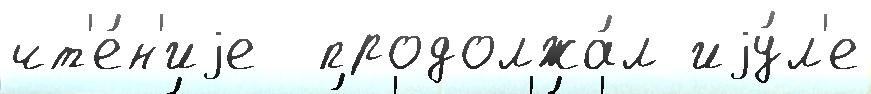
чт'е́н'иjе  продолжа́л иjу́л'е